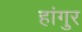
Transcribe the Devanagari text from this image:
हांगुर